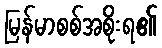
မြန်မာစစ်အစိုးရ၏